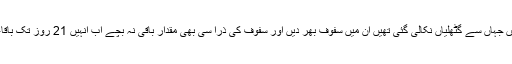
پھر اس سفوف کو دوبارہ اسی خالی جگہ میں بھردیں جہاں سے گٹھلیاں نکالی گئی تھیں ان میں سفوف بھر دیں اور سفوف کی ذرا سی بھی مقدار باقی نہ بچے اب انہیں 21 روز تک باقاعدگی سے استعمال کریں انشاء اﷲ تعالیٰ افاقہ ہوگا۔